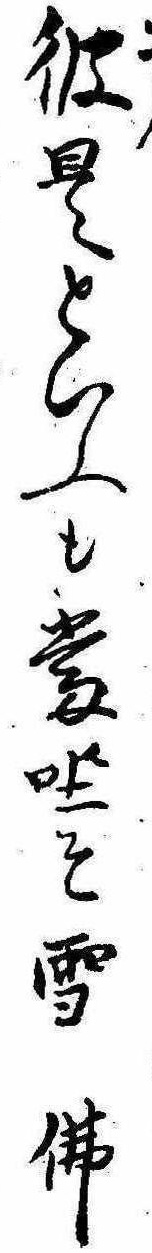
彼是といふも当坐そ雪仏